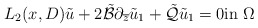
\begin{align*}{L}_2(x,{D})\tilde u+2\tilde{\mathcal B}\partial_{\overline z}\tilde u_1+\tilde{\mathcal Q}\tilde u_1=0 \mbox{in}~ \Omega \end{align*}